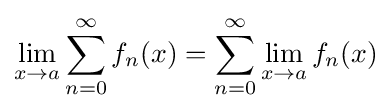
\lim _{x\to a}\sum _{n=0}^{\infty }f_{n}(x)=\sum _{n=0}^{\infty }\lim _{x\to a}f_{n}(x)